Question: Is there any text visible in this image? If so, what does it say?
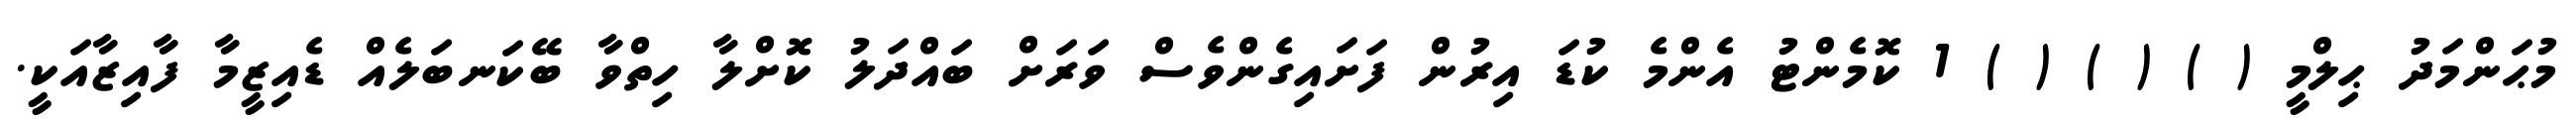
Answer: މުޙަންމަދު ޙިލްމީ ( ) ( ) ( ) 1 ކޮމެންޓު އެންމެ ކުޑަ އިރުން ފަށައިގެންވެސް ވަރަށް ބައްދަލު ކޮށްލާ ހިތްވާ ބޭކަނބަލެއް ޑެއިޒީމާ ފާއިޒާއަކީ.